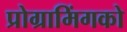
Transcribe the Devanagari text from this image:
प्रोग्रामिंगको